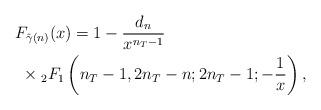
LaTeX: \begin{align*}& F_{\hat{\gamma}(n)} (x) = 1 - \frac{d_n}{x^{n_T-1}} \\& ~\times{}_2F_1\left(n_T-1,2n_T-n;2n_T-1; -\frac{1}{x} \right),\end{align*}